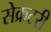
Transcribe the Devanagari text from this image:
सेेक्रटरी